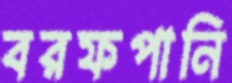
বরফপানি